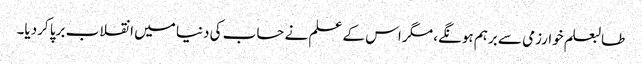
طالبعلم خوارزمی سے برہم ہونگے، مگر اس کے علم نے حساب کی دنیا میں انقلاب برپا کردیا۔